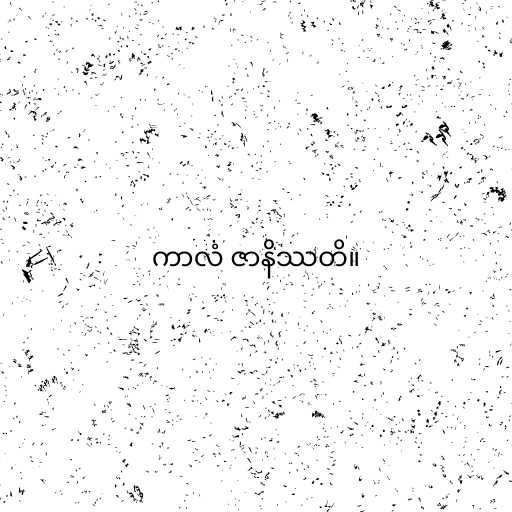
ကာလံ ဇာနိဿတိ။